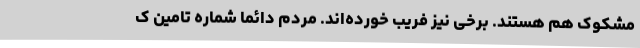
مشکوک هم هستند. برخی نیز فریب خورده‌اند. مردم دائما شماره تامین ک